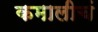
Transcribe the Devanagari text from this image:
कमालीचं